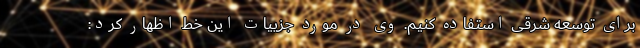
برای توسعه شرقی استفاده کنیم. وی در مورد جزییات این خط اظهار کرد: